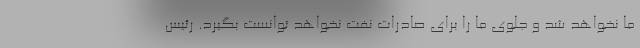
ما نخواهد شد و جلوی ما را برای صادرات نفت نخواهد توانست بگیرد. رئیس